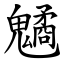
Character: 䰬